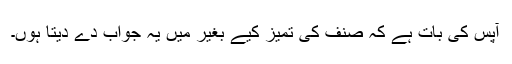
آپس کی بات ہے کہ صنف کی تمیز کیے بغیر میں یہ جواب دے دیتا ہوں۔